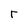
Character: r